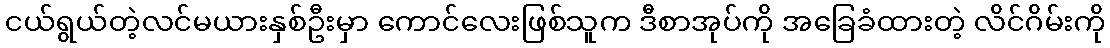
ငယ်ရွယ်တဲ့လင်မယားနှစ်ဦးမှာ ကောင်လေးဖြစ်သူက ဒီစာအုပ်ကို အခြေခံထားတဲ့ လိင်ဂိမ်းကို